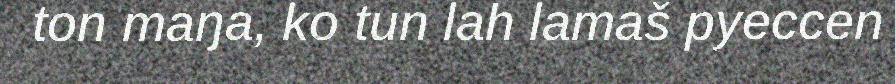
ton maŋa, ko tun lah lamaš pyeccen